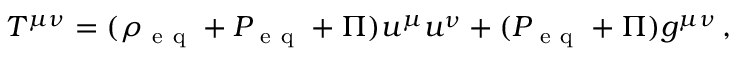
T ^ { \mu \nu } = ( \rho _ { \mathrm { ~ e ~ q ~ } } + P _ { \mathrm { ~ e ~ q ~ } } + \Pi ) u ^ { \mu } u ^ { \nu } + ( P _ { \mathrm { ~ e ~ q ~ } } + \Pi ) g ^ { \mu \nu } \, ,